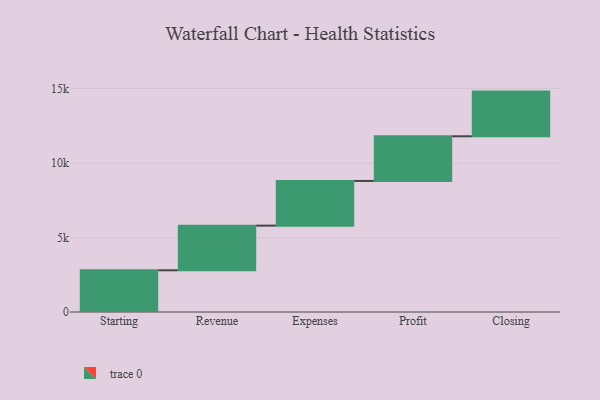
{"axis": {"x": "Step", "y": "Value"}, "legend": [""], "data": [{"x": "Starting", "y": 2800.0, "type": ""}, {"x": "Revenue", "y": 3000, "type": ""}, {"x": "Expenses", "y": 3000, "type": ""}, {"x": "Profit", "y": 3000, "type": ""}, {"x": "Closing", "y": 3000, "type": ""}]}